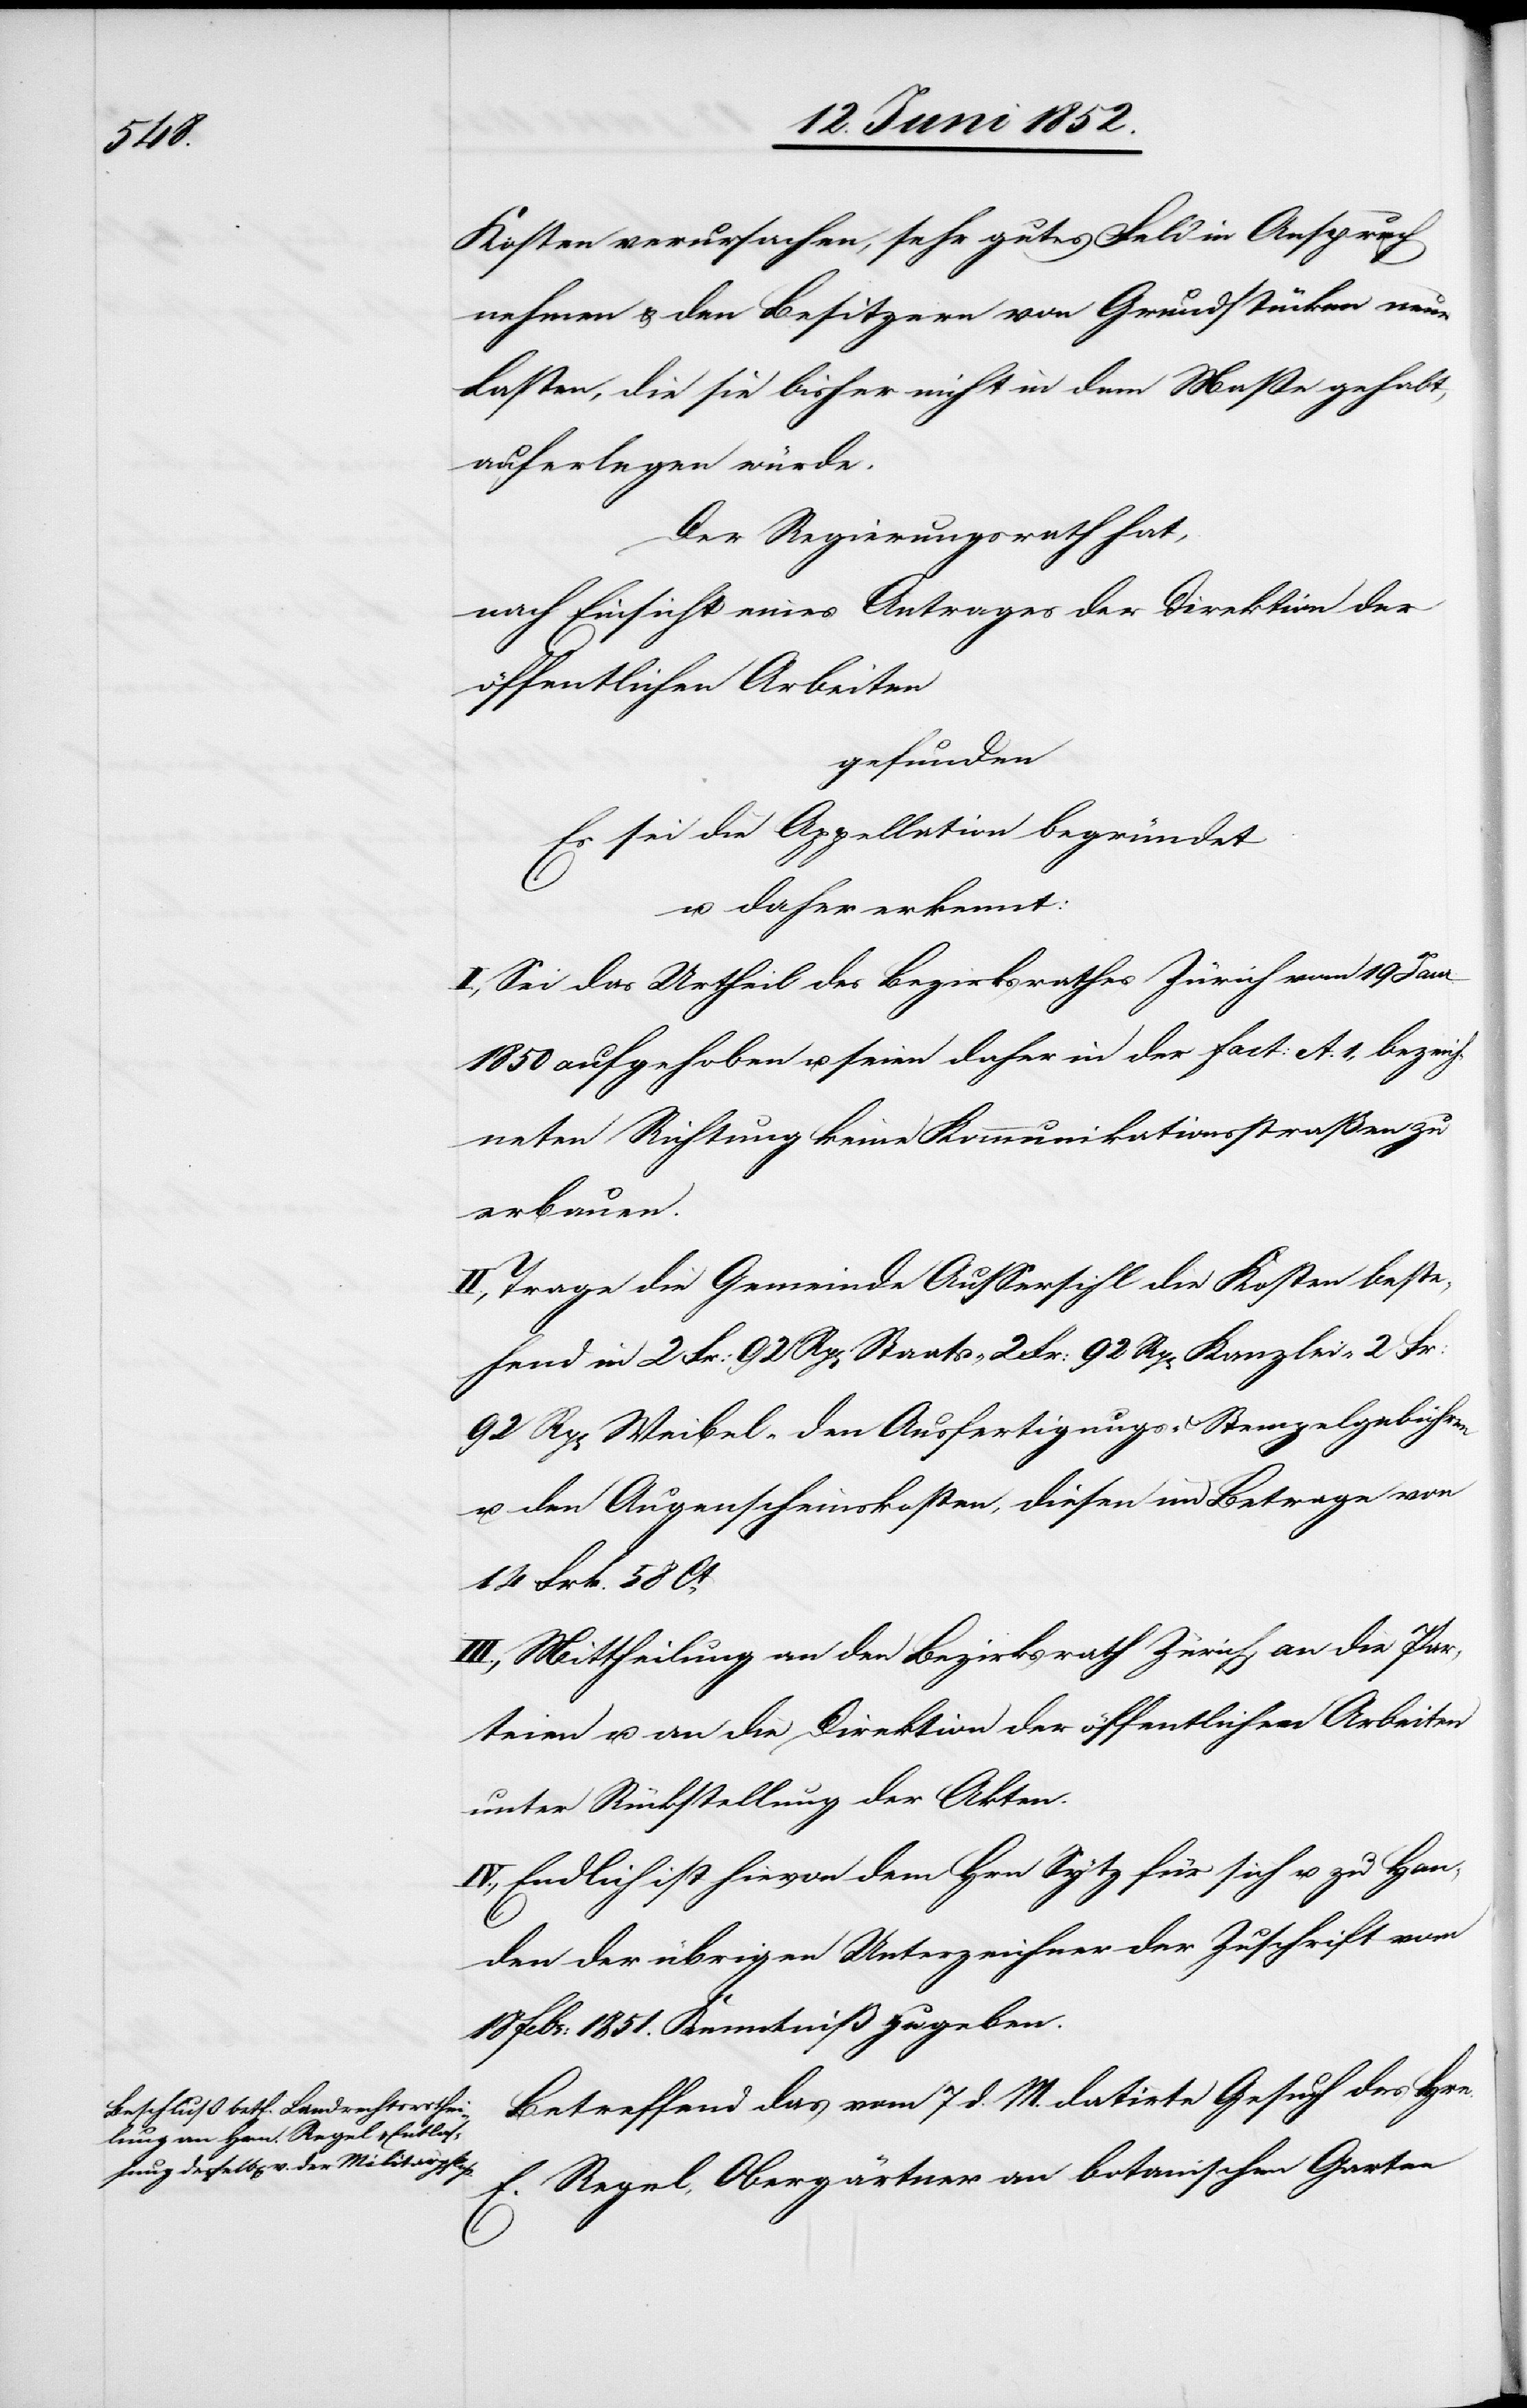
Kosten verursachen, sehr gutes Feld in Anspruch
nehmen & den Besitzern von Grundstücken neue
Lasten, die sie bisher nicht in dem Maße gehabt,
auferlegen würde.
Der Regierungsrath hat,
nach Einsicht eines Antrages der Direktion der
öffentlichen Arbeiten
gefunden
Es sei die Appellation begründet
u. daher erkennt:
I., Sei das Urtheil des Bezirksrathes Zürich vom 19 Janr.
1850 aufgehoben u. seien daher in der Fact: A. 1, bezeich¬
neten Richtung keine Kommunikationsstraßen zu
erbauen.
II., Trage die Gemeinde Aussersihl die Kosten beste¬
hend in 2 Fr: 92 Rp[en] Staats-[,] 2 Fr: 92 Rp[en] Kanzlei-[,] 2 Fr:
92 Rp[en] Weibel-[,] den Ausfertigungs- & Stempelgebühren
u. den Augenscheinskosten, diesen im Betrage von
14 Frk. 58 Ct.
III., Mittheilung an den Bezirksrath Zürich, an die Par¬
teien u. an die Direktion der öffentlichen Arbeiten
unter Rückstellung der Akten.
IV., Endlich ist hievon dem Hrn Sytz für sich u. zu Han¬
den der übrigen Unterzeichner der Zuschrift vom
18 Febr: 1851. Kenntniß zu geben.
Betreffend das vom 7 d. M. datirte Gesuch des Hrn.
E. Regel, Obergärtner an [sic!] botanischen Garten